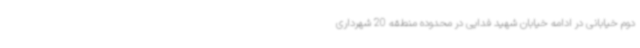
دوم خیابانی در ادامه خیابان شهید فدایی در محدوده منطقه 20 شهرداری